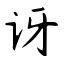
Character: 讶